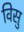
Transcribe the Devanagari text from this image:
विसु